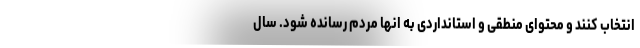
انتخاب کنند و محتوای منطقی و استانداردی به انها مردم رسانده شود. سال